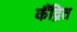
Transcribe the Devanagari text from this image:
कैंद्रित